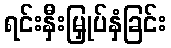
ရင်းနှီးမြှုပ်နှံခြင်း